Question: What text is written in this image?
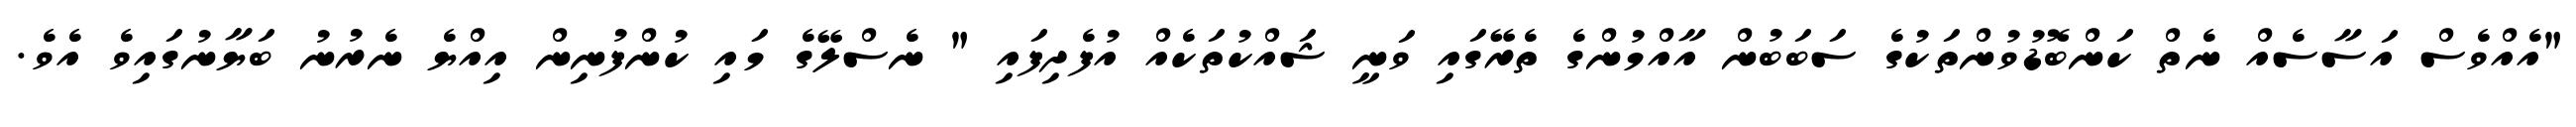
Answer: "އެއްވެސް އަސާސެއް ނެތް ކަންބޮޑުވުންތަކުގެ ސަބަބުން އާއްމުންގެ ތެރޭގައި ވަނީ ޝައްކުތަކެއް އުފެދިފައި " ނެސްލޭގެ މައި ކުންފުނިން އިއްޔެ ނެރުނު ބަޔާނުގައިވެ އެވެ.